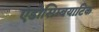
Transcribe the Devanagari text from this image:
एंडोसिम्बयाटिक